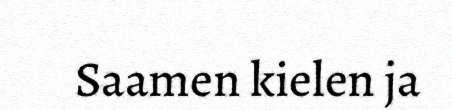
Saamen kielen ja